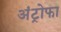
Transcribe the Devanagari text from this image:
अंट्रोफा